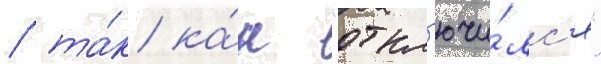
/ та́к ка́к "откл'ючи́лс'я"